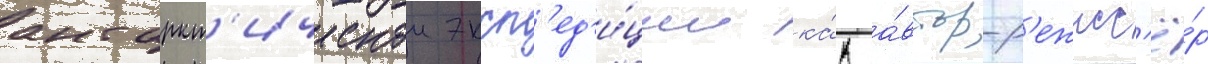
антаркт'ическои эксп'ед'и́ции ка́к а́втор-р'ежисс'ё́р